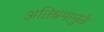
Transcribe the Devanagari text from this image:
अतिश्रमामुळे